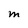
Character: M